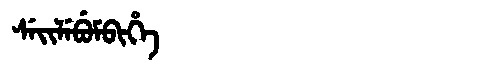
Manchu: ᠰᡝᡳᠯᡝᠪᡠᠮᠪᡳᡥᡝ
Romanization: SEILEBUMBIHE